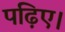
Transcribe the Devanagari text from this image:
पढ़िए।